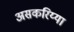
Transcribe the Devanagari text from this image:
असकरिय्या